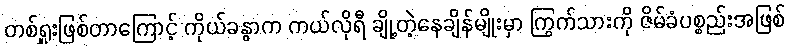
တစ်ရှူးဖြစ်တာကြောင့် ကိုယ်ခန္ဓာက ကယ်လိုရီ ချို့တဲ့နေချိန်မျိုးမှာ ကြွက်သားကို ဇိမ်ခံပစ္စည်းအဖြစ်